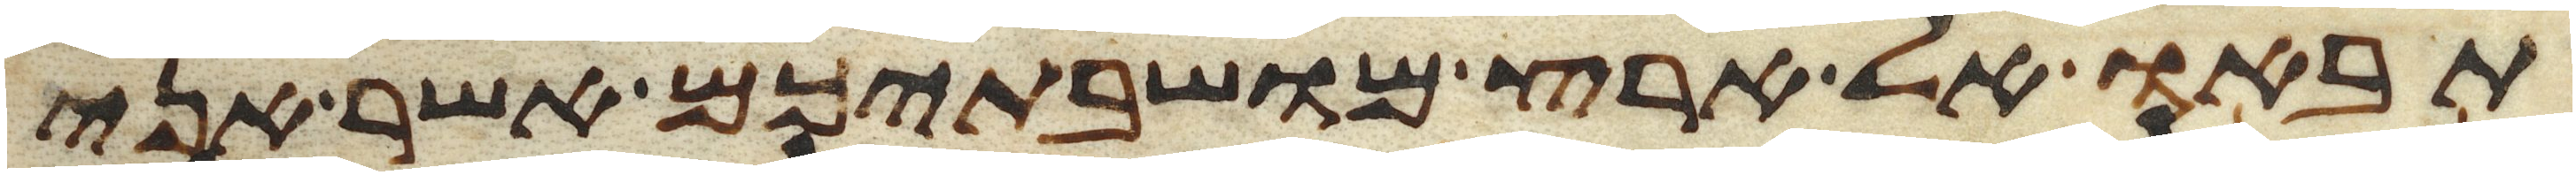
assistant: תבאו אל ארץ מושבתיכם אשר אני